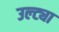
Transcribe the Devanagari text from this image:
उल्ट्या